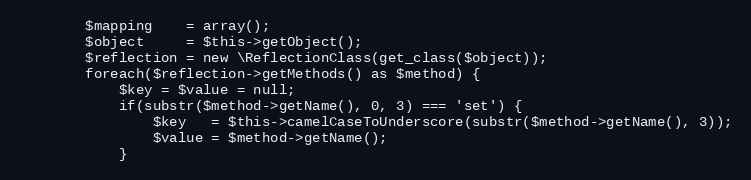
Language: PHP
        $mapping    = array();
        $object     = $this->getObject();
        $reflection = new \ReflectionClass(get_class($object));
        foreach($reflection->getMethods() as $method) {
            $key = $value = null;
            if(substr($method->getName(), 0, 3) === 'set') {
                $key   = $this->camelCaseToUnderscore(substr($method->getName(), 3));
                $value = $method->getName();
            }